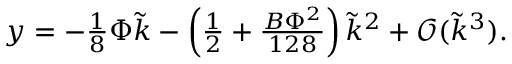
\begin{array} { r } { y = - \frac { 1 } { 8 } \Phi \tilde { k } - \left( \frac { 1 } { 2 } + \frac { B \Phi ^ { 2 } } { 1 2 8 } \right) \tilde { k } ^ { 2 } + \mathcal { O } ( \tilde { k } ^ { 3 } ) . } \end{array}